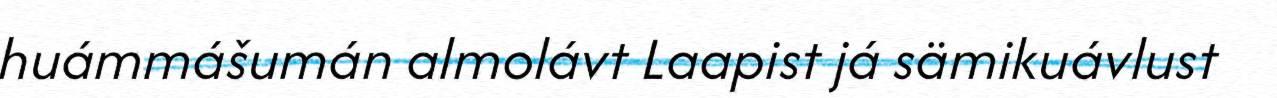
huámmášumán almolávt Laapist já sämikuávlust